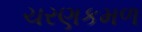
ચરણકમળ